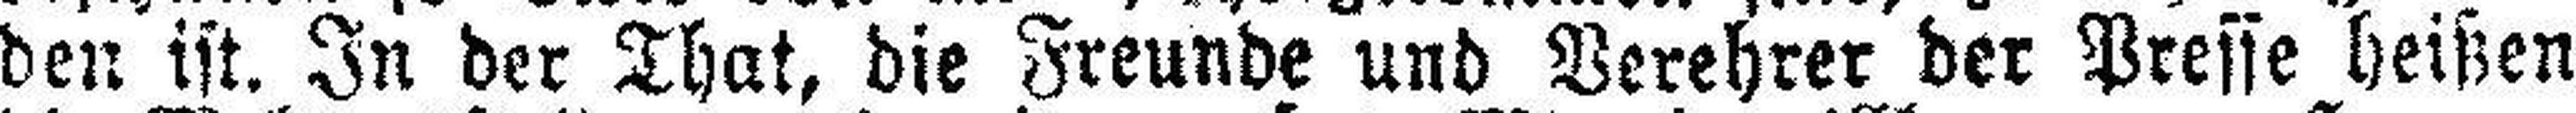
den ist. In der That, die Freunde und Verehrer der Presse heißen